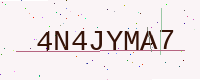
Text: 4N4JYMA7